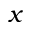
x